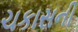
ચકાસની